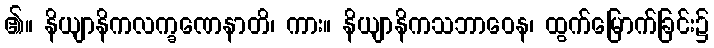
၏။ နိယျာနိကလက္ခဏေနာတိ၊ ကား။ နိယျာနိကသဘာဝေန၊ ထွက်မြောက်ခြင်း၌